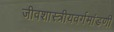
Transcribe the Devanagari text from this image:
जीवशास्त्रीयवर्गमांडणी